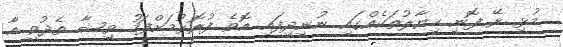
މުޅި ރޭ ފޮނި ހިޔާލުތަކެއްގައި ނުނިދިފައި އޮވެ ފުރޮޅުމަށްފަހު ވިޝާ ތެދުވީ އާ